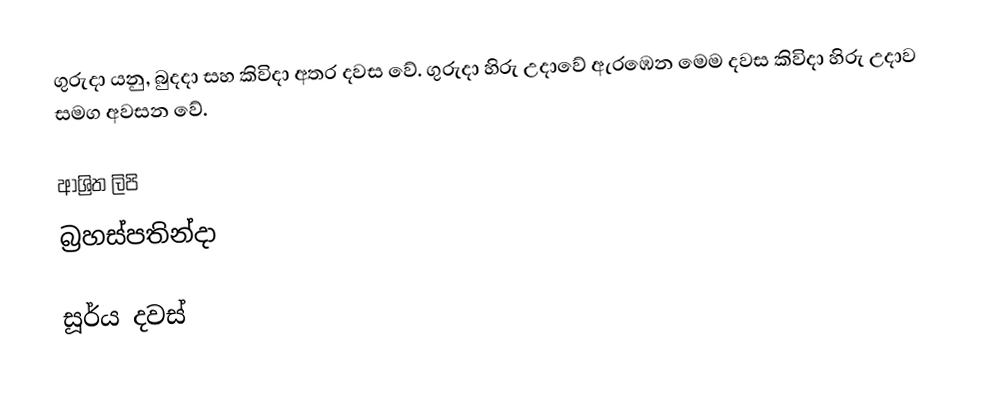
ගුරුදා යනු, බුදදා සහ කිවිදා අතර දවස වේ. ගුරුදා හිරු උදාවේ ඇරඹෙන මෙම දවස කිවිදා හිරු උදාව සමග අවසන වේ.

ආශ්‍රිත ලිපි
 බ්‍රහස්පතින්දා

සූර්ය දවස්